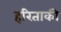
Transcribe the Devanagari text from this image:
हरिताकी